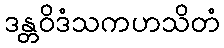
ဒန္တဝိဒံသကဟသိတံ